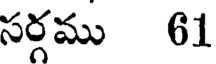
సర్గము 61